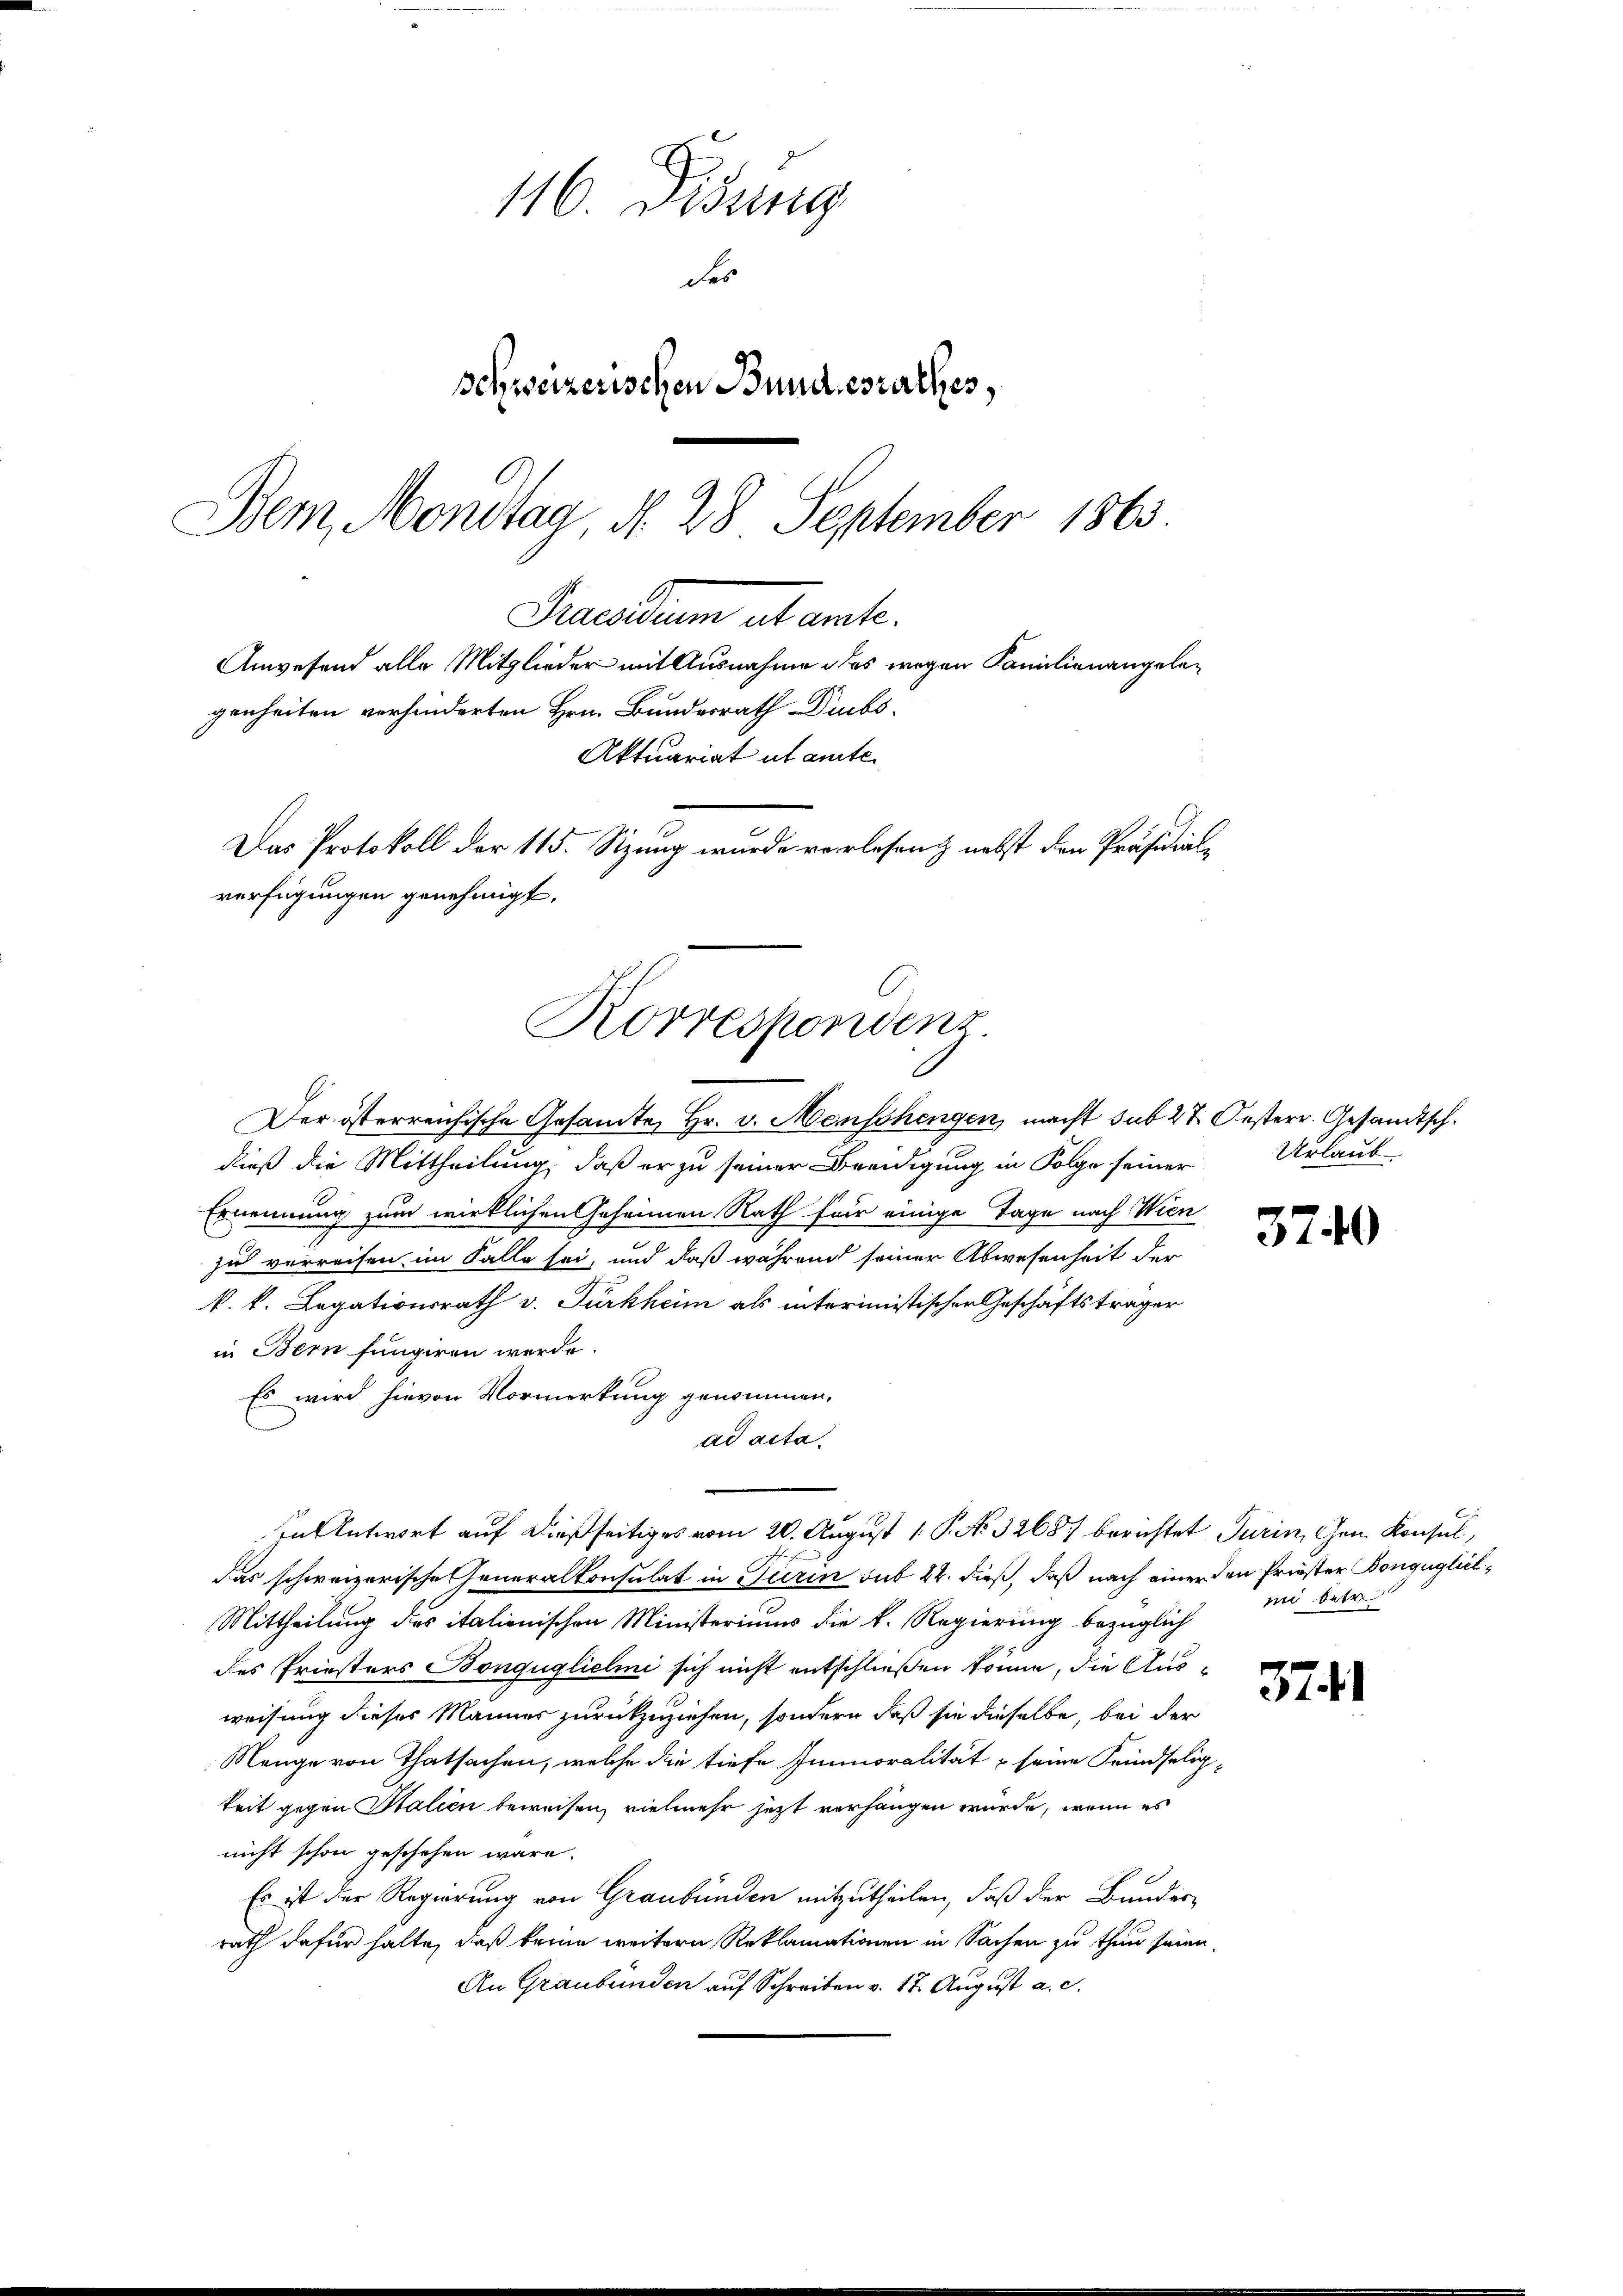
Das Protokoll der 115. Sizung wurde verlesen nebst den Präsidial-
verfügungen genehmigt.
Korrespondenz

116. Didung
des
schweizerischen Bundesrathes,
Dem Montag, d. 28 September 1863
Recadum et ante.
Anwesend alle Mitglieder mit Ausnahme des wegen Familienangelegenheiten verhinderten Hrn. Bundesrath Diebs
Aktuariat ut amte.

Der österreichische Gesamte Hr. v. Menschengen macht sub 27. Oesterr. Gesandtsch.
dieß die Mittheilung, daß er zu seiner Beeidigung in Folge seiner Urlaub-
Ernennung zum wirklichen Geheimen Rath für einige Tage nach Wien
zu verreisen im Falle sei, und daß während seiner Abwesenheit der
k. k. Legationsrath v. Türkheim als interimistischen Geschäftsträger
in Bern fungiren werde.
Es wird hievon Vormerkung genommen.
ad acta.
das schweizerische Generalkonsulat in Turin sub 22. dieß, daß nach einer den Friester Donguglich¬
Mittheilung des italienischen Ministeriums die k. Regierung bezüglich
des Priesters Bongüglichini sich nicht entschließen könne, die Ausweisung dieses Männer zurückzuziehen, sondern daß sie dieselbe, bei der
Menge von Thatsachen, welche die tiefe Immoralität & seine Feindselig-
keit gegen Stalien beweisen, vielmehr jetzt verhängen würde, wenn es
nicht schon geschehen wäre.
Es ist der Regierung von Graubünden mitzutheilen, daß der Bunderrath dafür halte, daß keine weitern Reklamationen in Sachen zu thun seien.
An Graubünden auf Schreiben v. 17. August a. c.

In Antwort auf dießseitiges vom 20. August 1 P. No. 3268. berichtet Turin, Gen. Konsul,

3740

ii betr

3741